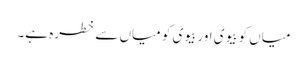
میاں کو بیوی اور بیوی کو میاں سے خطرہ ہے۔